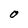
Character: O